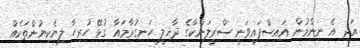
އަދި އެ ނިންމުން އައިސްފައިވަނީ ސްރީލަންކާގެ ދާޚިލީ ހަނގުރާމައާ ގުޅޭ ހުރިހާ ލިޔެކިޔުންތަކެއް